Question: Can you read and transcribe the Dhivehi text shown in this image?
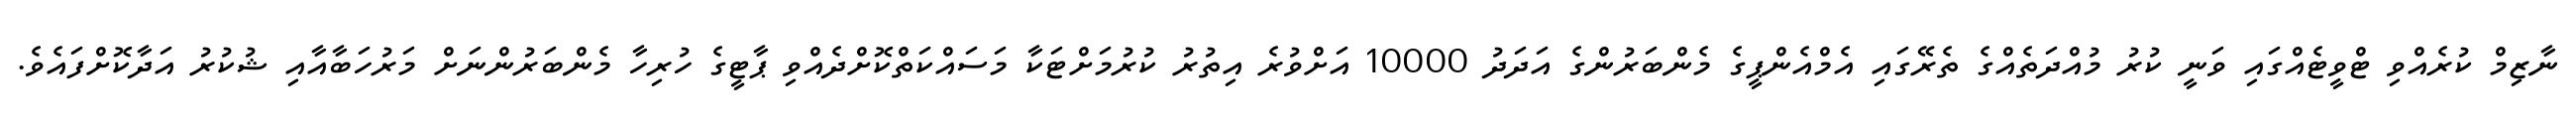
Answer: ނާޒިމް ކުރެއްވި ޓްވީޓެއްގައި ވަނީ ކުރު މުއްދަތެއްގެ ތެރޭގައި އެމްއެންޕީގެ މެންބަރުންގެ އަދަދު 10000 އަށްވުރެ އިތުރު ކުރުމަށްޓަކާ މަސައްކަތްކޮށްދެއްވި ޕާޓީގެ ހުރިހާ މެންބަރުންނަށް މަރުހަބާއާއި ޝުކުރު އަދާކޮށްފައެވެ.